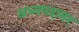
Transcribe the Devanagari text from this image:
अध्यपदावर